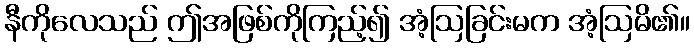
နီကိုလေသည် ဤအဖြစ်ကိုကြည့်၍ အံ့ဩခြင်းမက အံ့ဩမိ၏။